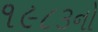
૧૯૮૩નો